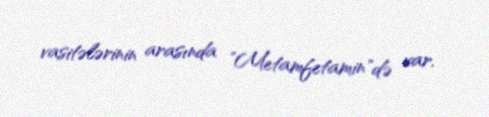
vasitələrinin arasında "Metamfetamin"də var.